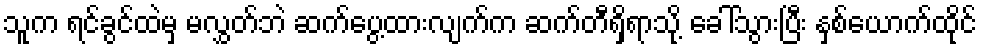
သူက ရင်ခွင်ထဲမှ မလွှတ်ဘဲ ဆက်ပွေ့ထားလျက်က ဆက်တီရှိရာသို့ ခေါ်သွားပြီး နှစ်ယောက်ထိုင်